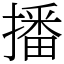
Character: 播